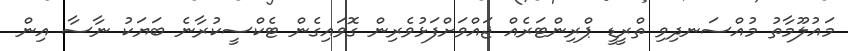
މައުލޫމާތު މުއްސަނދިވި ތްރީޑީ ޕްރިންޓަރެއް ޖައްވަށްފަޅުވެރިން ގޮވައިގެން ޓެކްސީކުރާނެ ބަޔަކު ނާސާ އިން